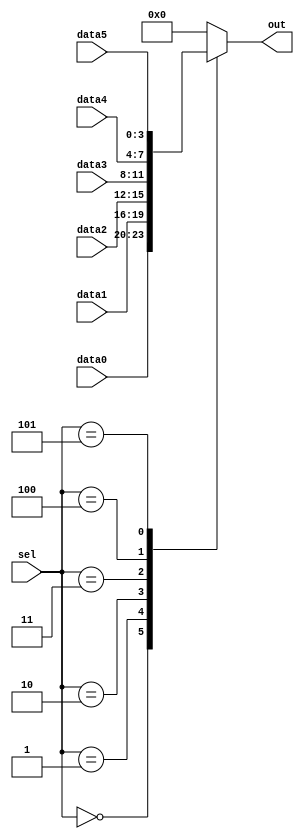
module top_module ( 
    input [2:0] sel, 
    input [3:0] data0,
    input [3:0] data1,
    input [3:0] data2,
    input [3:0] data3,
    input [3:0] data4,
    input [3:0] data5,
    output reg [3:0] out   );//

    always@(*) begin  // This is a combinational circuit
    
        // Insert your code here
        case(sel)
            3'b000: out = data0;
            3'b001: out = data1;
            3'b010: out = data2;
            3'b011: out = data3;
            3'b100: out = data4;
            3'b101: out = data5;
            default: out = 4'b0000;
        endcase
    end

endmodule